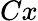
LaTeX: Cx